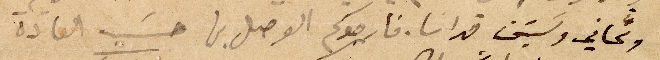
وثماني وستين قداسا. فارجوكم الوصل بها حسب العادة